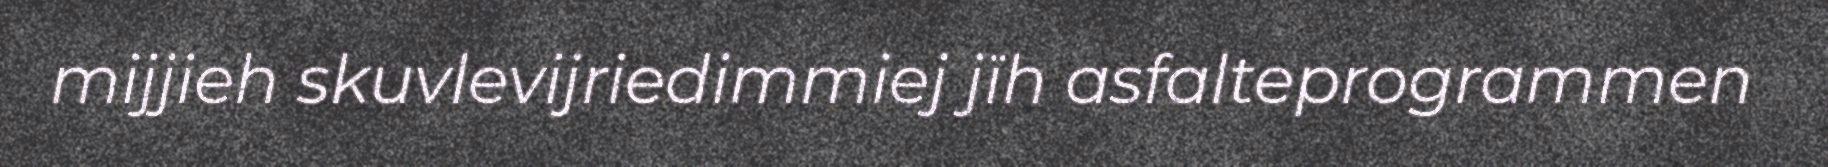
mijjieh skuvlevijriedimmiej jïh asfalteprogrammen